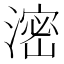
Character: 滵